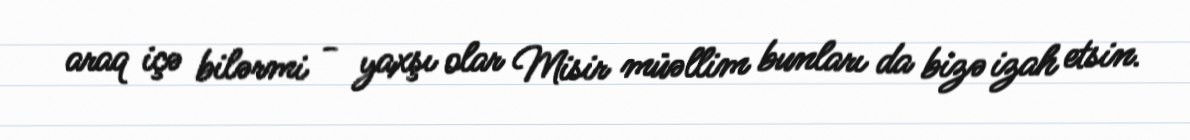
araq içə bilərmi - yaxşı olar Misir müəllim bunları da bizə izah etsin.